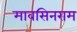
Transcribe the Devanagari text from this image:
मावसिनराम